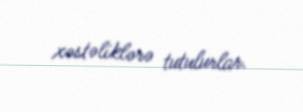
xəstəliklərə tutulurlar.